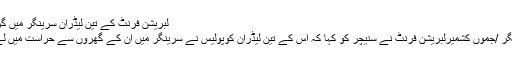
لبریشن فرنٹ کے تین لیڈران سرینگر میں گرفتار
سرینگر /جموں کشمیرلبریشن فرنٹ نے سنیچر کو کہا کہ اُس کے تین لیڈران کوپولیس نے سرینگر میں اُن کے گھروں سے حراست میں لے لیا۔